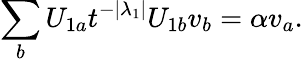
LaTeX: \sum_{b}U_{1a}t^{-|\lambda_{1}|}U_{1b}v_{b}=\alpha v_{a}.